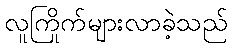
လူကြိုက်များလာခဲ့သည်